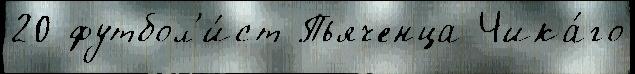
20 футбол'и́ст Пьяченца Чика́го